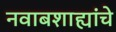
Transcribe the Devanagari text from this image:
नवाबशाह्यांचे